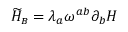
{ \widetilde { \cal H } } _ { \scriptscriptstyle B } = \lambda _ { a } \omega ^ { a b } \partial _ { b } H